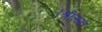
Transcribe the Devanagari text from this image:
।श्रीलंका